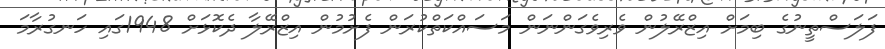
ފަލަސްތީނުގެ ބިމަށް އިޒްރޭލުން ވެރިވެގަންނަން މަސައްކަތްކުރަން ފެށުމުން އިޒްރޭލާ ދެކޮޅަށް 1948ގައި ހަނގުރާމަ